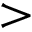
>